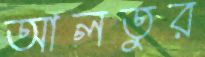
আলতুর